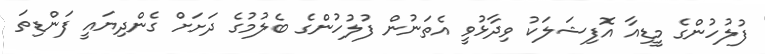
ފުލުހުންގެ މީޑިއާ އޮފިޝަލަކު ވިދާޅުވީ އެތަނުން ފުލުހުންގެ ބެލުމުގެ ދަށަށް ގެންދިޔައީ ފަންޑިތަ